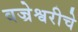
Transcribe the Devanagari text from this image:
वज्रेश्वरीचे